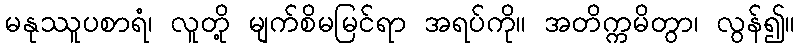
မနုဿူပစာရံ၊ လူတို့ မျက်စိမမြင်ရာ အရပ်ကို။ အတိက္ကမိတွာ၊ လွန်၍။